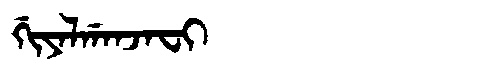
Manchu: ᡤᡳᠶᠠᠯᡤᠠᠨᠵᠠᠸᡳ
Romanization: GIYALGANJAFI